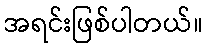
အရင်းဖြစ်ပါတယ်။